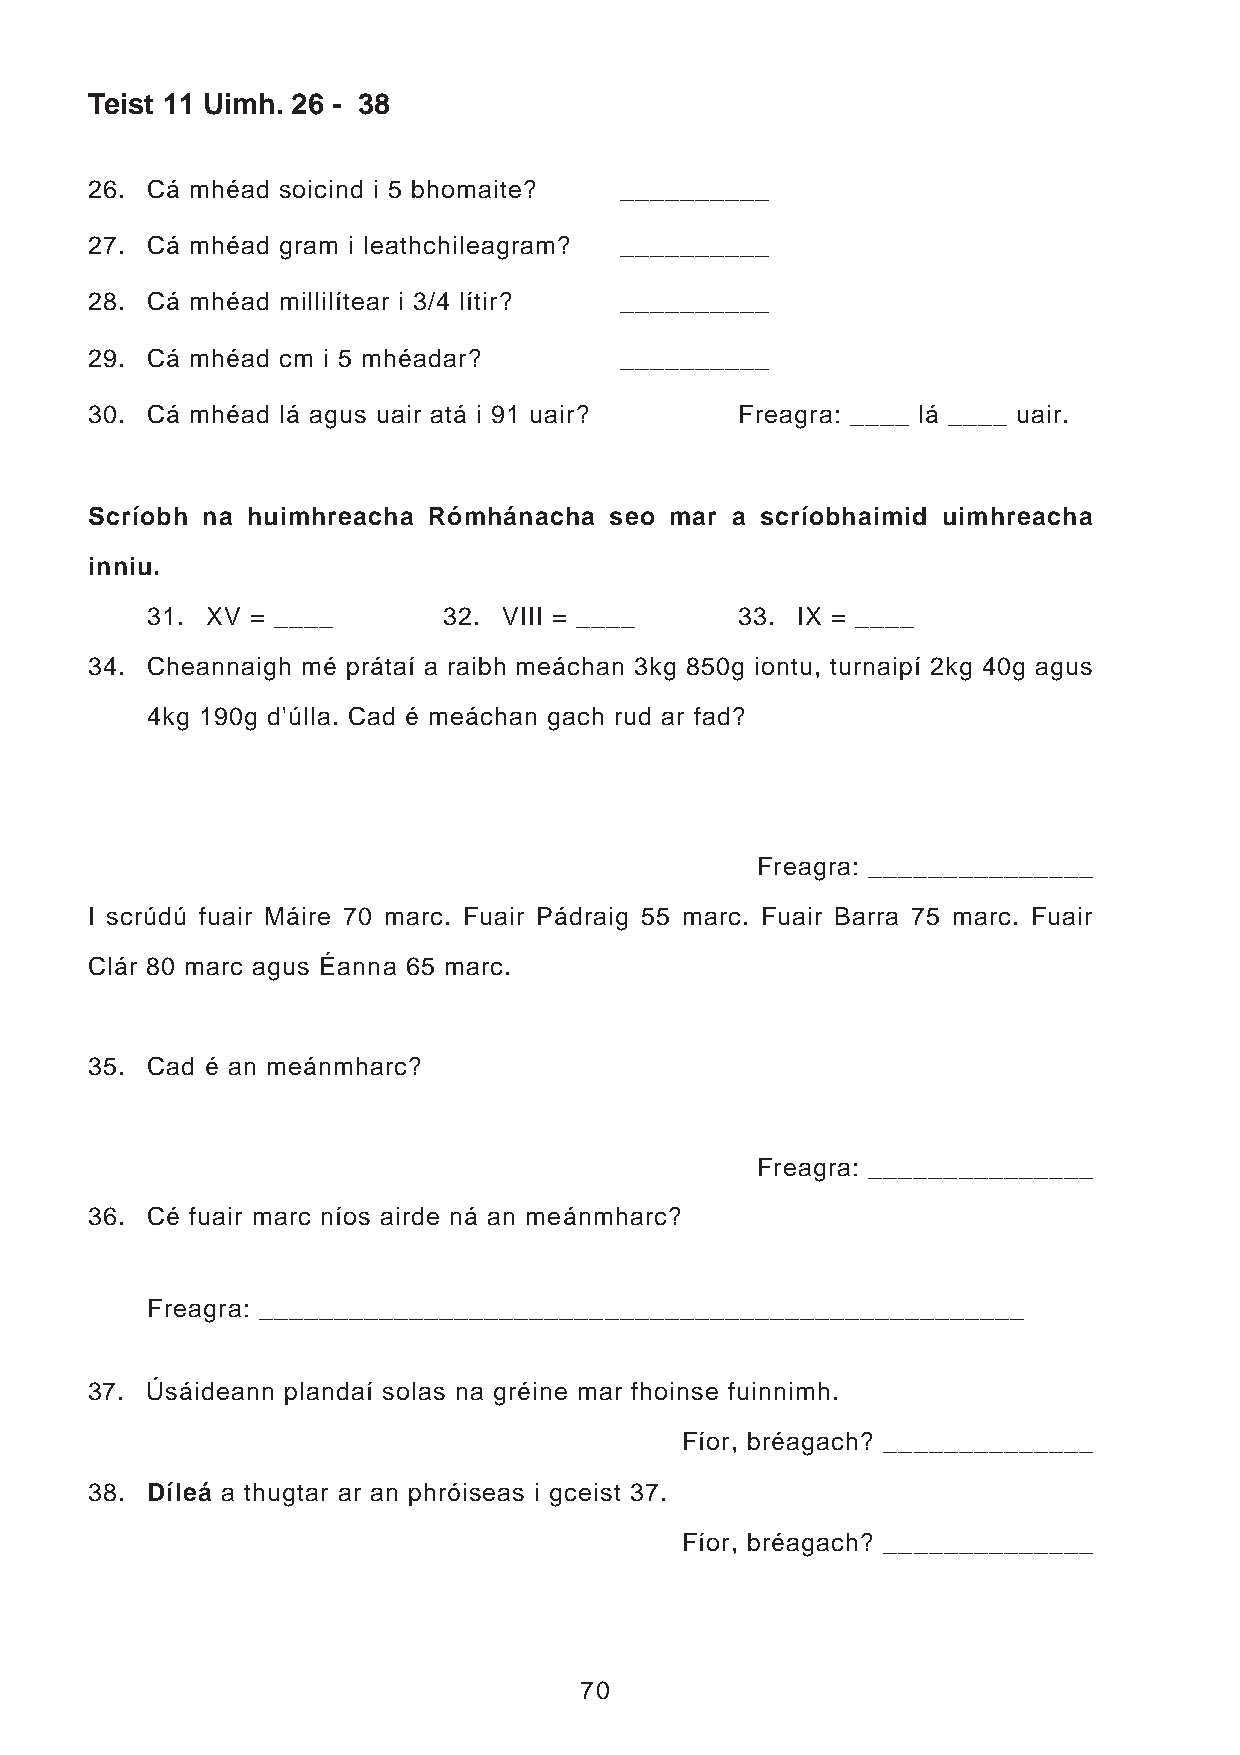
Teist 11 Uimh. 26 - 38
 26. Cá mhéad soicind i 5 bhomaite? __________
 27. Cá mhéad gram i leathchileagram? __________
 28. Cá mhéad millilítear i 3/4 lítir? __________
 29. Cá mhéad cm i 5 mhéadar?       __________
 30. Cá mhéad lá agus uair atá i 91 uair?   Freagra: ____ lá ____ uair.
 Scríobh na huimhreacha Rómhánacha seo mar a scríobhaimid uimhreacha
 inniu.
 31. XV = ____      32. VIII = ____     33. IX = ____
 34. Cheannaigh mé prátaí a raibh meáchan 3kg 850g iontu, turnaipí 2kg 40g agus
 4kg 190g d'úlla. Cad é meáchan gach rud ar fad?
 Freagra: _______________
 I scrúdú fuair Máire 70 marc. Fuair Pádraig 55 marc. Fuair Barra 75 marc. Fuair
 Clár 80 marc agus Éanna 65 marc.
 35. Cad é an meánmharc?
 Freagra: _______________
 36. Cé fuair marc níos airde ná an meánmharc?
 Freagra: ___________________________________________________
 37. Úsáideann plandaí solas na gréine mar fhoinse fuinnimh.
 Fíor, bréagach? ______________
 38. Díleá a thugtar ar an phróiseas i gceist 37.
 Fíor, bréagach? ______________
 70